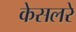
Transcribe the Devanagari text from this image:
केसलरे